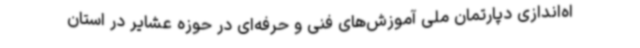
اه‌اندازی دپارتمان ملی آموزش‌های فنی و حرفه‌ای در حوزه عشایر در استان